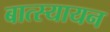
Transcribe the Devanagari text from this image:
बात्स्यायन